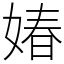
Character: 媋